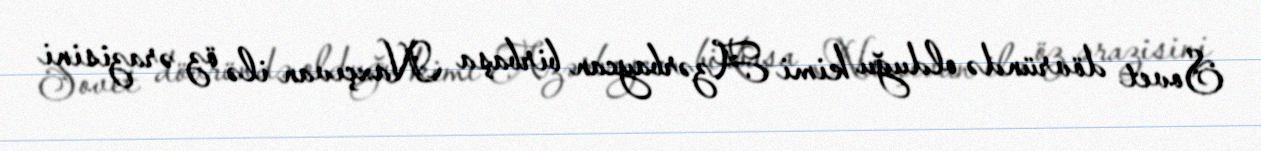
Sovet dövründə olduğu kimi Azərbaycan birbaşa Naxçıvan ilə öz ərazisini